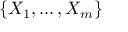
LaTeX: \{ X _ { 1 } , \ldots , X _ { m } \}